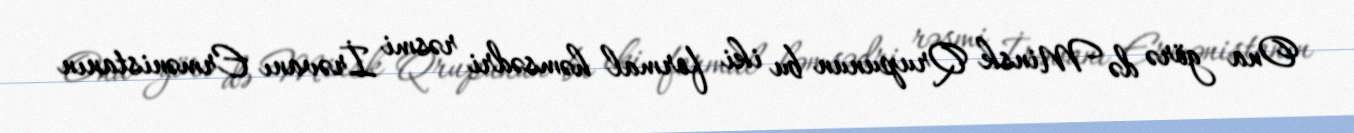
Ona görə də Minsk Qrupunun bu iki formal həmsədri rəsmi İrəvanı Ermənistanın